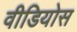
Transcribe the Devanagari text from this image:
वीडियोस